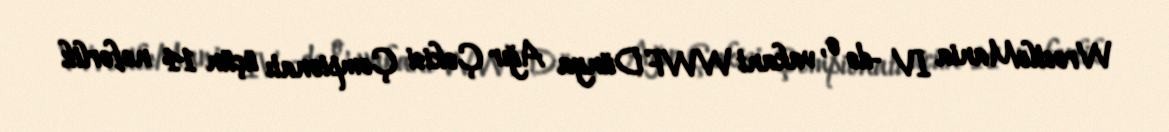
WrestleMania IV -də o, vakant WWF Dünya Ağır Çəkisi Çempionatı üçün 14 nəfərlik